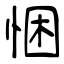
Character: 悃